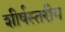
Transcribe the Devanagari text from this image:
शीर्षस्तरीय